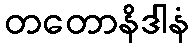
တတောနိဒါနံ